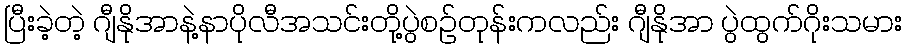
ပြီးခဲ့တဲ့ ဂျီနိုအာနဲ့နာပိုလီအသင်းတို့ပွဲစဥ်တုန်းကလည်း ဂျီနိုအာ ပွဲထွက်ဂိုးသမား